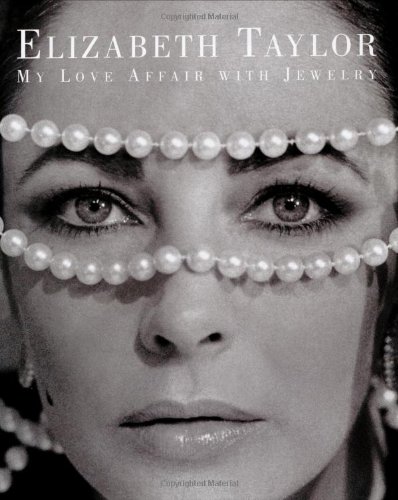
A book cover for Elizabeth Taylor: My Love Affair with Jewelry; Elizabeth Taylor; Crafts, Hobbies & Home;